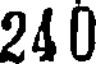
240